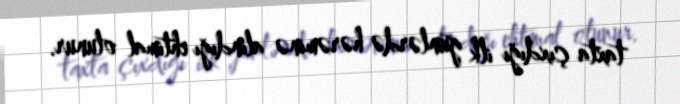
taxta çıxdığı ilk günlərdə hərəminə alındığı ehtimal olunur.